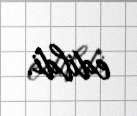
edildi.